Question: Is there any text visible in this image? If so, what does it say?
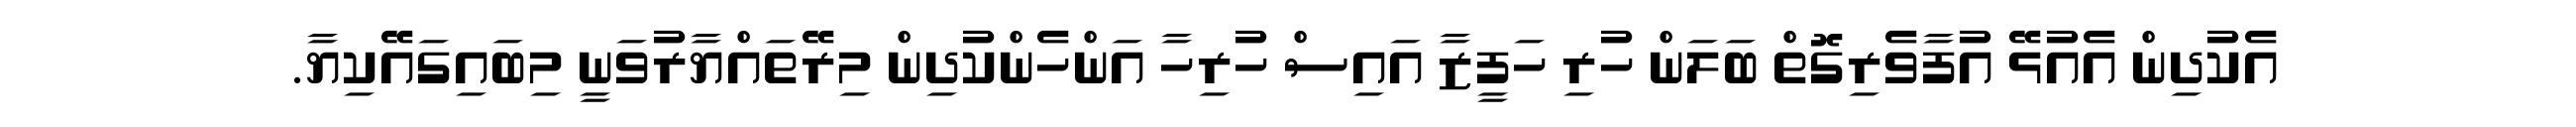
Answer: އެކުދިން އެއުޅޭ އުފާވެރިގޮތް ބަލަން ހުރި ހަފީޒާ އައިސް ހުރިހާ އަންހެންކުދިން މިރޭތައްޔާރުވަނީ މިބައިގައޭކިޔާ.